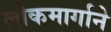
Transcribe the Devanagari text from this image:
लोकमार्गाने